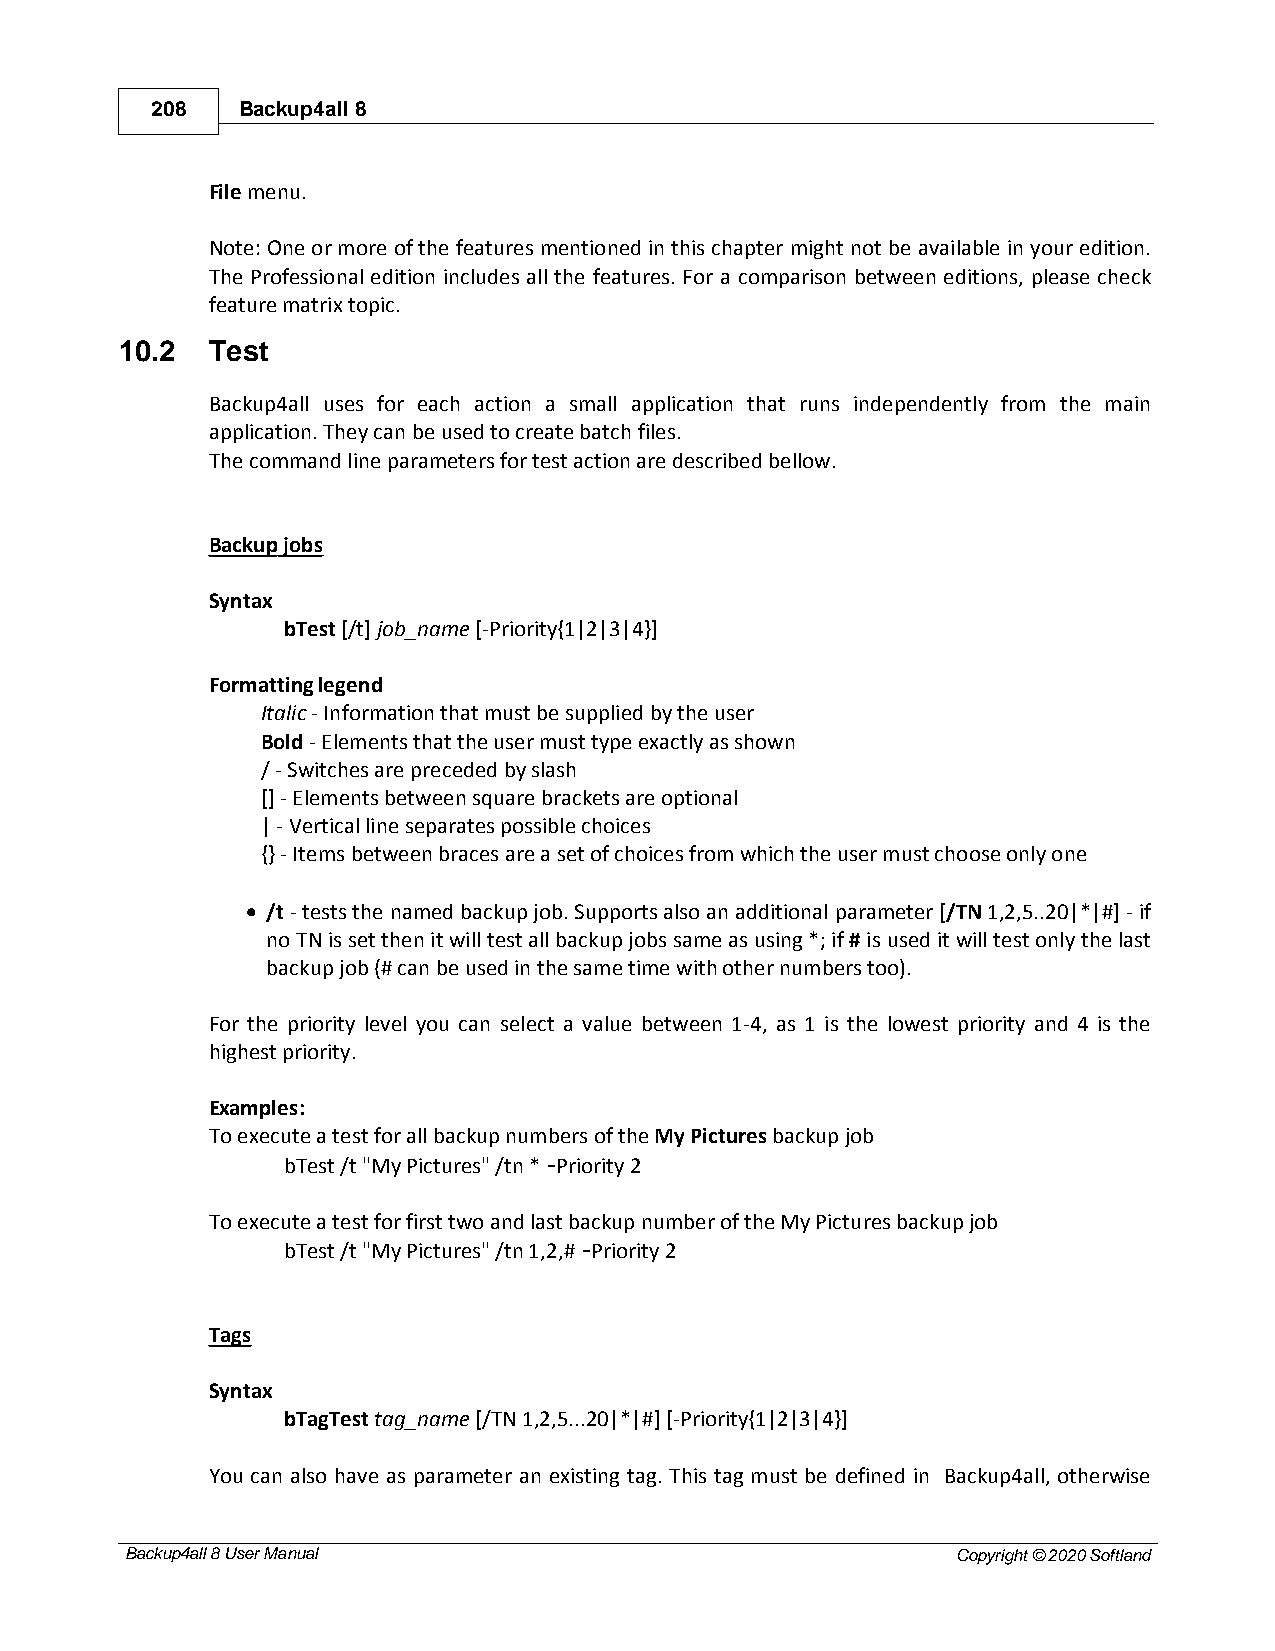
208   Backup4all 8
 File menu.
 Note: One or more of the features mentioned in this chapter might not be available in your edition.
 The Professional edition includes all the features. For a comparison between editions, please check
 feature matrix topic.
 10.2  Test
 Backup4all uses for each action a small application that runs independently from the main
 application. They can be used to create batch files.
 The command line parameters for test action are described bellow.
 Backup jobs
 Syntax
 bTest [/t] job_name [-Priority{1|2|3|4}]
 Formatting legend
 Italic - Information that must be supplied by the user
 Bold - Elements that the user must type exactly as shown
 / - Switches are preceded by slash
 [] - Elements between square brackets are optional
 | - Vertical line separates possible choices
 {} - Items between braces are a set of choices from which the user must choose only one
 · /t - tests the named backup job. Supports also an additional parameter [/TN 1,2,5..20|*|#] - if
 no TN is set then it will test all backup jobs same as using *; if # is used it will test only the last
 backup job (# can be used in the same time with other numbers too).
 For the priority level you can select a value between 1-4, as 1 is the lowest priority and 4 is the
 highest priority.
 Examples:
 To execute a test for all backup numbers of the My Pictures backup job
 bTest /t "My Pictures" /tn * -Priority 2
 To execute a test for first two and last backup number of the My Pictures backup job
 bTest /t "My Pictures" /tn 1,2,# -Priority 2
 Tags
 Syntax
 bTagTest tag_name [/TN 1,2,5...20|*|#] [-Priority{1|2|3|4}]
 You can also have as parameter an existing tag. This tag must be defined in Backup4all, otherwise
 Backup4all 8 User Manual                               Copyright © 2020 Softland